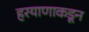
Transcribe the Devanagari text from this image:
हरयाणाकडून